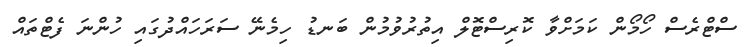
ސްޓްރެސް ހޯމޯން ކަމަށްވާ ކޮރިސްޓޮލް އިތުރުވުމުން ބަނޑު ހިމެނޭ ސަރަހައްދުގައި ހުންނަ ފެޓްތައް